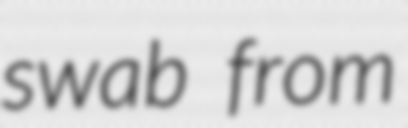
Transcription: swab from